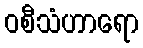
ဝစီသံဟာရော